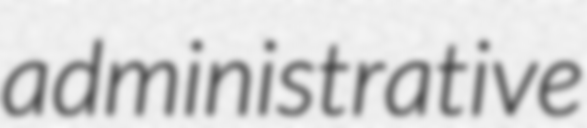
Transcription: administrative